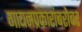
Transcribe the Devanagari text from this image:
गायनप्रकारांबरोबर